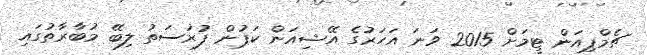
ޗެމްޕިއަން ޓީމަށް 2015 ވަނަ އަހަރުގެ އޭޝިއަން ކަޕުން ފުރުސަތު ލިބޭ މުބާރާތުގައި